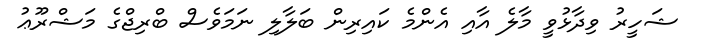
ޝަހީރު ވިދާޅުވީ މާލެ އާއި އެންމެ ކައިރިން ބަލާލި ނަމަވެސް ބްރިޖްގެ މަޝްރޫޢު